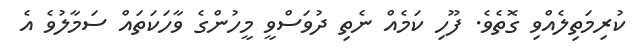
ކުރިމަތިލެއްވި ގޮތެވެ. ފޫހި ކަމެއް ނެތި ދުވަސްވީ މީހުންގެ ވާހަކަތައް ސަމާލުވެ އެ